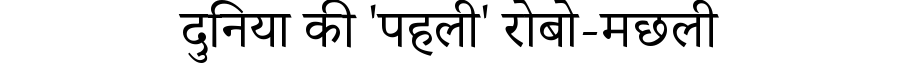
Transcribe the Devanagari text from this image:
दुनिया की 'पहली' रोबो-मछली